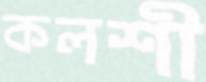
কলশী